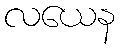
လယေန